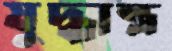
যুদ্ধাস্ত্র